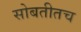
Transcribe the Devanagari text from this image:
सोबतीतच